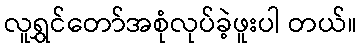
လူရွှင်တော်အစုံလုပ်ခဲ့ဖူးပါ တယ်။